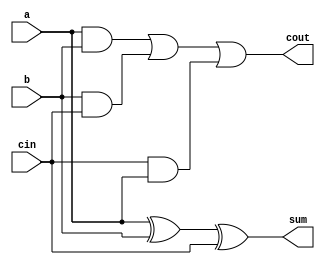
module fa(sum,cout,a,b,cin);
input wire a,b,cin;
output wire sum,cout;

assign sum = a^b^cin;
assign cout = (a&b)| (b&cin)|(cin&a);

endmodule